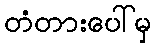
တံတားပေါ်မှ